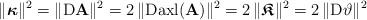
LaTeX: \begin{align*}\|\boldsymbol{\kappa}\|^2=\|{\rm D}\mathbf{A}\|^2=2\,\|{\rm D}{\rm axl}(\mathbf{A}) \|^2=2\,\|\boldsymbol{\mathfrak{K}}\|^2&=2\,\|{\rm D} \vartheta\|^2\end{align*}